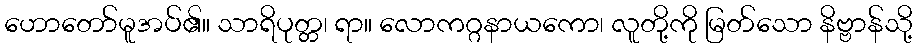
ဟောတော်မူအပ်၏။ သာရိပုတ္တ၊ ရာ။ လောကဂ္ဂနာယကော၊ လူတို့ကို မြတ်သော နိဗ္ဗာန်သို့